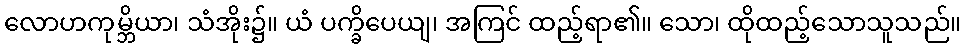
လောဟကုမ္ဘိယာ၊ သံအိုး၌။ ယံ ပက္ခိပေယျ၊ အကြင် ထည့်ရာ၏။ သော၊ ထိုထည့်သောသူသည်။